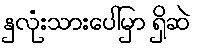
နှလုံးသားပေါ်မှာ ရှိဆဲ